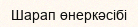
Шарап өнеркәсібі